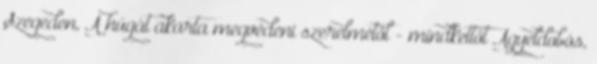
Szegeden, A húgát akarta megvédeni szerelmétől - mindkettőt Agyeldobós,